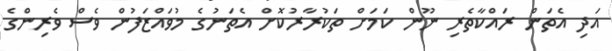
އަދި އެތަން ރައްކާތެރި ނޫން ކަމަށް ތަކުރާރުކޮށް އެތަނުގެ މުވައްޒަފުން ވެސް ވެރިންގެ